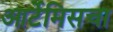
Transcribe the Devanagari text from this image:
आर्टेमिसचा